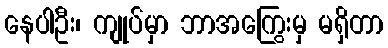
နေပါဦး၊ ကျုပ်မှာ ဘာအကြွေးမှ မရှိတာ